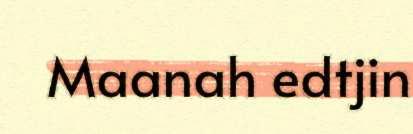
Maanah edtjin